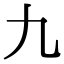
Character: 九